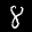
Label: 8